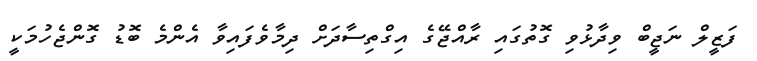
ފަޒީލް ނަޖީބް ވިދާޅުވި ގޮތުގައި ރާއްޖޭގެ އިގްތިސާދަށް ދިމާވެފައިވާ އެންމެ ބޮޑު ގޮންޖެހުމަކީ